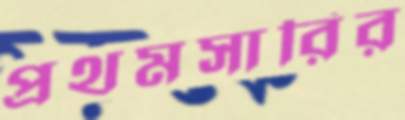
প্রথমসারির